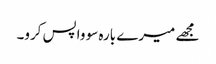
مجھے میرے بارہ سو واپس کرو۔